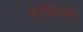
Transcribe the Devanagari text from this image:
नेप्सिलेट